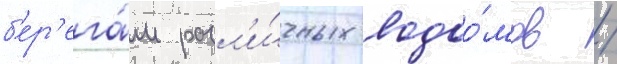
б'ер'ега́м разл'и́чных водоо́мов /